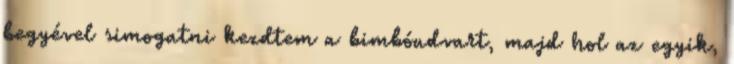
begyével simogatni kezdtem a bimbóudvart, majd hol az egyik,